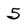
Character: 5